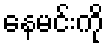
နေမင်းကို